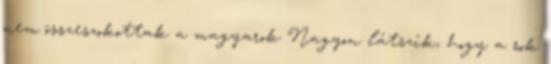
nem összeszokottak a magyarok Nagyon látszik, hogy a sok